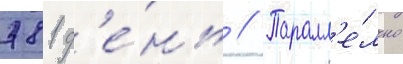
781 д'е́нь // Паралл'е́льно